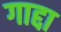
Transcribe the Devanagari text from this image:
गाद्दा